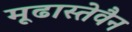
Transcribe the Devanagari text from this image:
मूढास्तेवैन